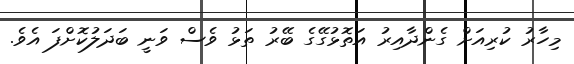
މިހާރު ކުރިއަށް ގެންދާއިރު އަތޮޅުގޭގެ ބޭރު ތަޅު ވެސް ވަނީ ބަދަލުކޮށްފަ އެވެ.